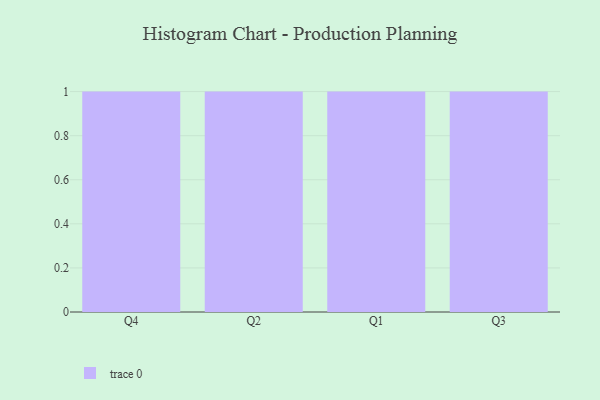
{"axis": {"x": "Quarter", "y": "Budget (USD K)"}, "legend": [""], "data": [{"x": "Q4", "y": 24, "type": ""}, {"x": "Q2", "y": 26, "type": ""}, {"x": "Q1", "y": 41, "type": ""}, {"x": "Q3", "y": 40, "type": ""}]}